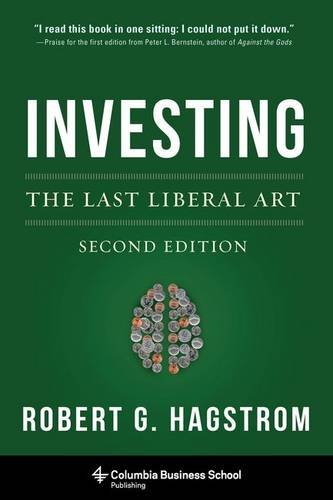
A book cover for Investing: The Last Liberal Art (Columbia Business School Publishing); Robert G. Hagstrom; Business & Money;